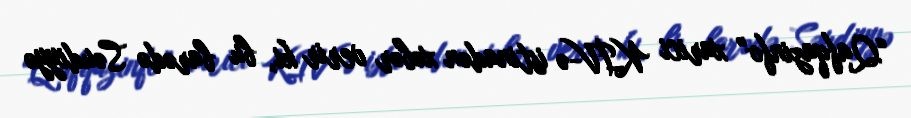
“Qafqazinfo” xarici KİV-ə istinadən xəbər verir ki, bu barədə Səudiyyə